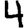
Digit: 4